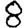
Digit: 8